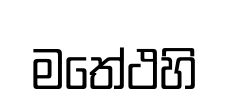
මතේථහි